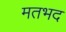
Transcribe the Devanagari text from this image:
मतभद